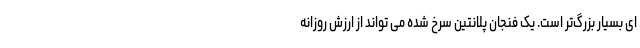
ای بسیار بزرگ‌تر است. یک فنجان پلانتین سرخ شده می تواند از ارزش روزانه